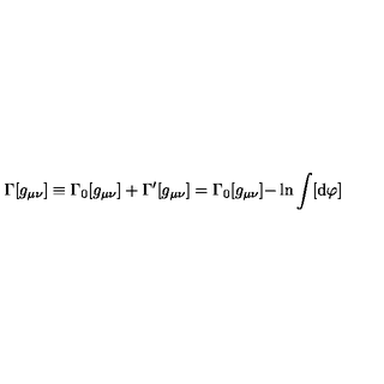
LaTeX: \Gamma [ g _ { \mu \nu } ] \equiv \Gamma _ { 0 } [ g _ { \mu \nu } ] + \Gamma ^ { \prime } [ g _ { \mu \nu } ] = \Gamma _ { 0 } [ g _ { \mu \nu } ] \mathrm { - \ln } \int [ \mathrm { d } \varphi ] ~